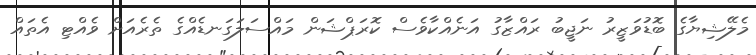
މެލޭޝިޔާގެ ބޮޑުވަޒީރު ނަޖީބު ރައްޒާގު އަނެއްކާވެސް ކޮރަޕްޝަން މައްސަލަގަނޑެއްގެ ތެރެއަށް ވެއްޓި އެތައް